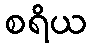
စရိယ